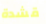
قشدة